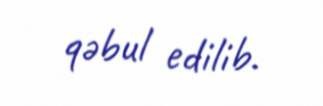
qəbul edilib.